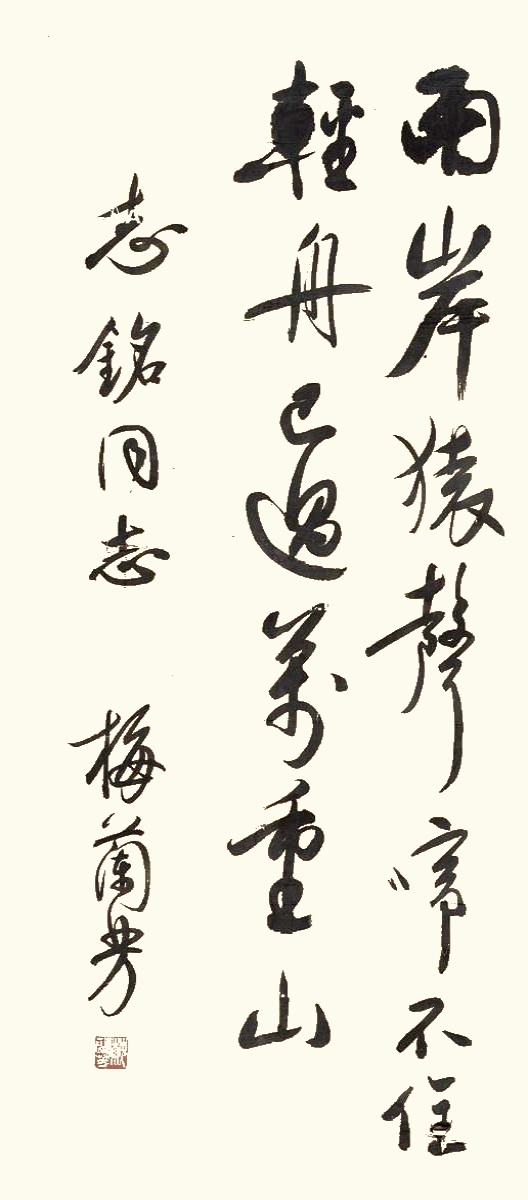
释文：两岸猿声啼不住，轻舟已过万重山。志铭同志。梅兰芳。